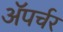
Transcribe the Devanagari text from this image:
ॲपर्चर